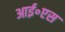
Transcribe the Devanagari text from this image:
आई॰एस